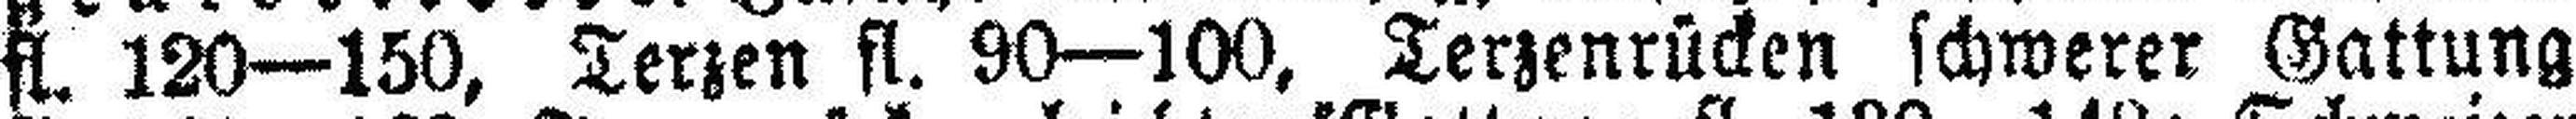
fl. 120—150, Terzen fl. 90—100, Terzenrücken schwerer Gattung